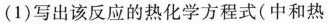
(1)写出该反应的热化学方程式(中和热